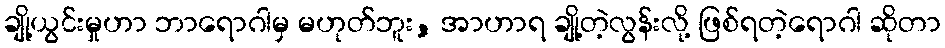
ချို့ယွင်းမှုဟာ ဘာရောဂါမှ မဟုတ်ဘူး, အာဟာရ ချို့တဲ့လွန်းလို့ ဖြစ်ရတဲ့ရောဂါ ဆိုတာ